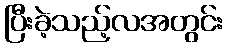
ပြီးခဲ့သည့်လအတွင်း